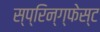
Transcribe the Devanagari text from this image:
स्प्रिन्ग्फेस्ट